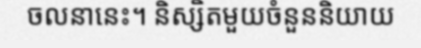
ចលនានេះ។ និស្សិតមួយចំនួននិយាយ